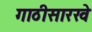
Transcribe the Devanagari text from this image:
गाठीसारखे